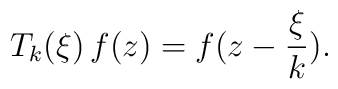
T_k(\xi) \, f(z) = f(z - \frac{\xi}{k}) .